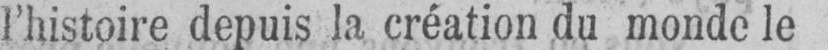
l’histoire depuis la création du monde le